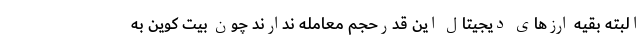
البته بقیه ارزهای دیجیتال این قدرحجم معامله ندارند چون بیت کوین به